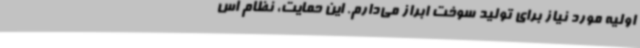
اولیه مورد نیاز برای تولید سوخت ابراز می‌دارم. این حمایت، نظام اس